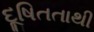
દૂષિતતાથી